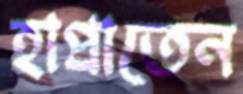
হাপ্‌রাতেন